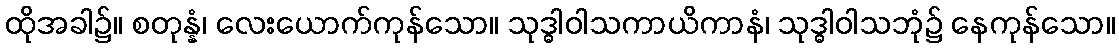
ထိုအခါ၌။ စတုန္နံ၊ လေးယောက်ကုန်သော။ သုဒ္ဓါဝါသကာယိကာနံ၊ သုဒ္ဓါဝါသဘုံ၌ နေကုန်သော။